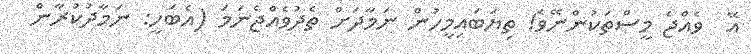
އޭ  ވެއްޖެ މީސްތަކުންނޭވެ! ތިޔަބައިމީހުން ނަމާދަށް ތެދުވެއްޖެނަމަ (އެބަހީ: ނަމާދުކުރާން